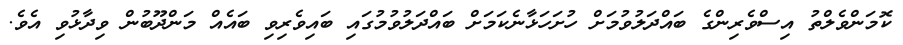
ކޮމަންވެލްތު އިސްވެރިންގެ ބައްދަލުވުމަށް ހުށަހަޅާނެކަމަށް ބައްދަލުވުމުގައި ބައިވެރިވި ބައެއް މަންދޫބުން ވިދާޅުވި އެވެ.